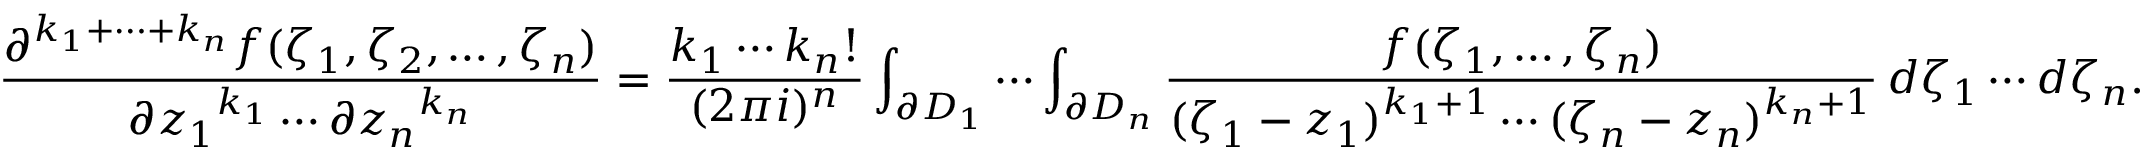
{ \frac { \partial ^ { k _ { 1 } + \cdots + k _ { n } } f ( \zeta _ { 1 } , \zeta _ { 2 } , \ldots , \zeta _ { n } ) } { \partial { z _ { 1 } } ^ { k _ { 1 } } \cdots \partial { z _ { n } } ^ { k _ { n } } } } = { \frac { k _ { 1 } \cdots k _ { n } ! } { ( 2 \pi i ) ^ { n } } } \int _ { \partial D _ { 1 } } \cdots \int _ { \partial D _ { n } } { \frac { f ( \zeta _ { 1 } , \dots , \zeta _ { n } ) } { ( \zeta _ { 1 } - z _ { 1 } ) ^ { k _ { 1 } + 1 } \cdots ( \zeta _ { n } - z _ { n } ) ^ { k _ { n } + 1 } } } \, d \zeta _ { 1 } \cdots d \zeta _ { n } .